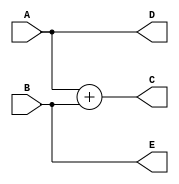
`timescale 1ns / 1ps
//////////////////////////////////////////////////////////////////////////////////
// Company: 
// Engineer: 
// 
// Design Name: 
// Module Name: addition
// Project Name: 
// Target Devices: 
// Tool Versions: 
// Description: 
// 
// Dependencies: 
// 
// Revision:
// Revision 0.01 - File Created
// Additional Comments:
// 
//////////////////////////////////////////////////////////////////////////////////


module addition(
    input [1:0]A,
    input [1:0]B,
    output[2:0]C,
    output[1:0]D,
    output[1:0]E
    );
    assign  D = A;
    assign  E = B;
    assign  C = A + B;
   
    
endmodule